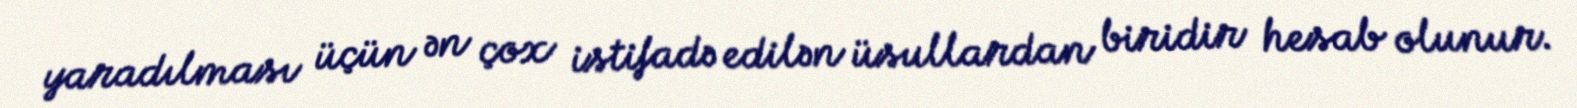
yaradılması üçün ən çox istifadə edilən üsullardan biridir hesab olunur.